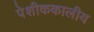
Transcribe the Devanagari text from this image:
पेशीककालीय